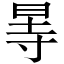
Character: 㫭